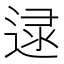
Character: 𨓻